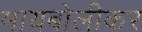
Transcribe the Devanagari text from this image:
मायबोलीकर